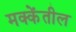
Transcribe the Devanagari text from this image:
मक्केंतील